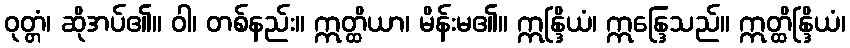
ဝုတ္တံ၊ ဆိုအပ်၏။ ဝါ၊ တစ်နည်း။ ဣတ္ထိယာ၊ မိန်းမ၏။ ဣန္ဒြိယံ၊ ဣန္ဒြေသည်။ ဣတ္ထိန္ဒြိယံ၊